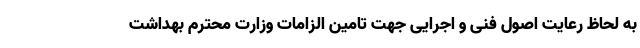
به لحاظ رعایت اصول فنی و اجرایی جهت تامین الزامات وزارت محترم بهداشت